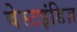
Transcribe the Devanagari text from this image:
वेस्टइंडिज़